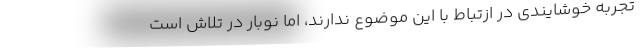
تجربه خوشایندی در ازتباط با این موضوع ندارند، اما نوبار در تلاش است